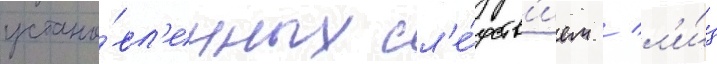
устано́вл'енных сл'е́дств'ием / л'и́ц